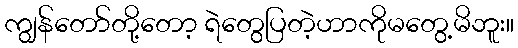
ကျွန်တော်တို့တော့ ရဲတွေပြတဲ့ဟာကိုမတွေ့မိဘူး။